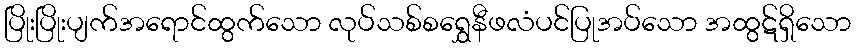
ပြိုးပြိုးပျက်အရောင်ထွက်သော လုပ်သစ်စရွှေနီဖလံပင်ပြုအပ်သော အထွဋ်ရှိသော